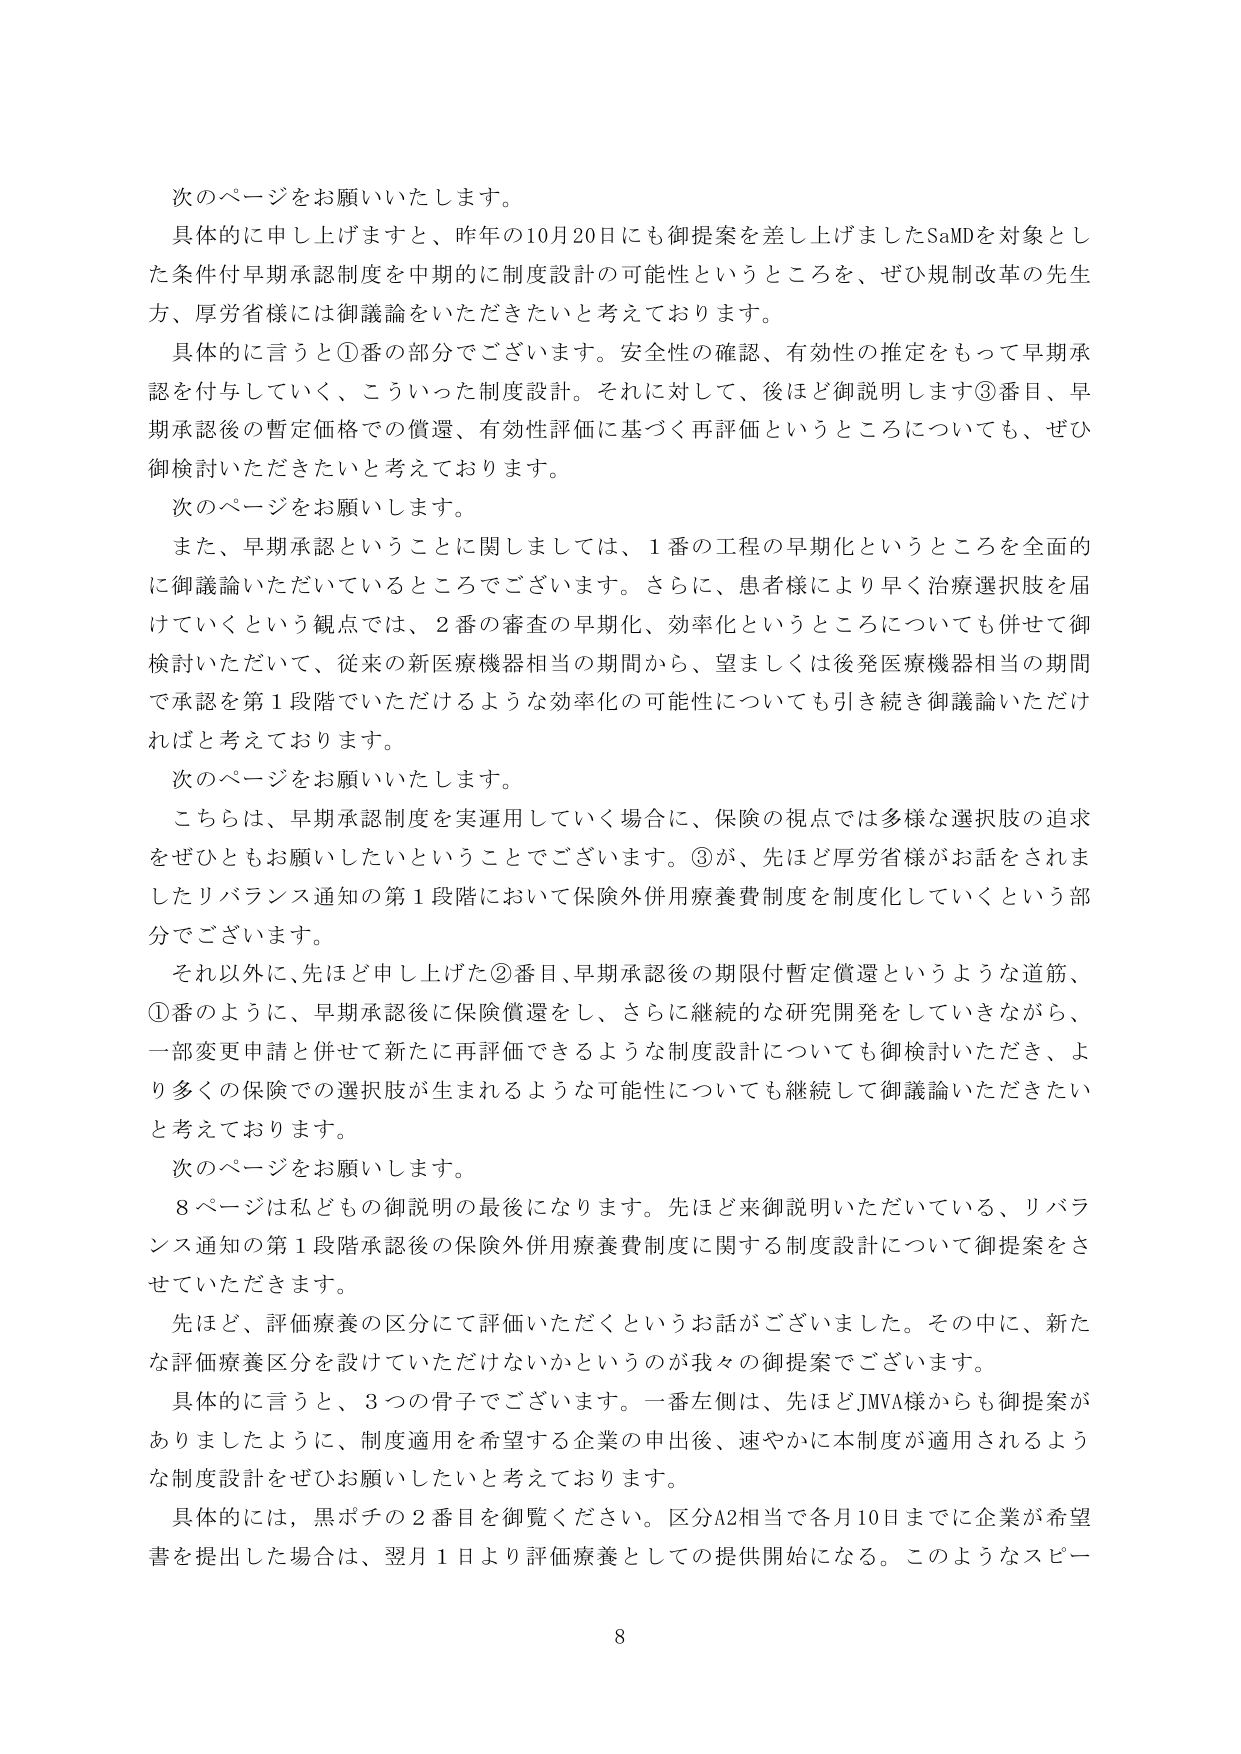
次のページをお願いいたします。

具体的に申し上げますと、昨年の10月20日にも御提案を差し上げましたSaMDを対象とした条件付早期承認制度を中期的に制度設計の可能性というところを、ぜひ規制改革の先生方、厚労省様には御議論をいただきたいと考えております。

具体的に言うと①番の部分でございます。安全性の確認、有効性の推定をもって早期承認を付与していく、こういった制度設計。それに対して、後ほど御説明します③番目、早期承認後の暫定価格での償還、有効性評価に基づく再評価というところについても、ぜひ御検討いただきたいと考えております。

次のページをお願いします。

また、早期承認ということに関しましては、1番の工程の早期化というところを全面的に御議論いただいていているところでございます。さらに、患者様により早く治療選択肢を届けていくという観点では、2番の審査の早期化、効率化というところについても併せて御検討いただいて、従来の新医療機器相当の期間から、望ましくは後発医療機器相当の期間で承認を第1段階でいただけるような効率化の可能性についても引き続き御議論いただければと考えております。

次のページをお願いいたします。

こちらは、早期承認制度を実運用していく場合に、保険の視点では多様な選択肢の追求をぜひともお願いしたいということでございます。③が、先ほど厚労省様がお話されましたリバランス通知の第1段階において保険外併用療養費制度を制度化していくという部分でございます。

それ以外に、先ほど申し上げた②番目、早期承認後の期限付暫定償還というような道筋、①番のように、早期承認後に保険償還をし、さらに継続的な研究開発をしていきながら、一部変更申請と併せて新たに再評価できるような制度設計についても御検討いただき、より多くの保険での選択肢が生まれるような可能性についても継続して御議論いただきたいと考えております。

次のページをお願いします。

8ページは私どもの御説明の最後になります。先ほど来御説明いただいている、リバランス通知の第1段階承認後の保険外併用療養費制度に関する制度設計について御提案をさせていただきます。

先ほど、評価療養の区分にて評価いただくというお話がございました。その中に、新たな評価療養区分を設けていただけないかというのが我々の御提案でございます。

具体的に言うと、3つの骨子でございます。一番左側は、先ほどJMVA様からも御提案がありましたように、制度適用を希望する企業の申出後、速やかに本制度が適用されるような制度設計をぜひお願いしたいと考えております。

具体的には、黒ボチの2番目を御覧ください。区分A2相当で各月10日までに企業が希望書を提出した場合は、翌月1日より評価療養としての提供開始になる。このようなスピー

8